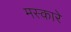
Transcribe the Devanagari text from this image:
मस्कारे